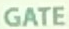
GATE